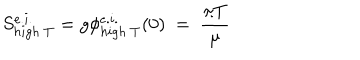
LaTeX: S _ { h i g h ~ T } ^ { e . i . } = g \phi _ { h i g h ~ T } ^ { e . i . } ( 0 ) ~ = ~ \frac { \pi T } { \mu }